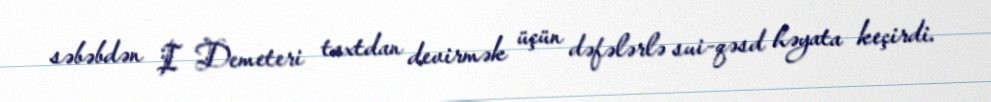
səbəbdən I Demeteri taxtdan devirmək üçün dəfələrlə sui-qəsd həyata keçirdi.